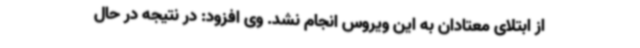
از ابتلای معتادان به این ویروس انجام نشد. وی افزود: در نتیجه در حال